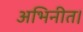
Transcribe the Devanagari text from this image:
अभिनीत।